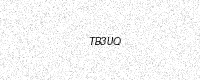
Text: TB3UQ